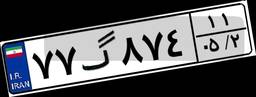
۷۷گ۸۷۴۱۱